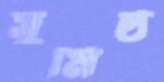
সুমিষ্ঠ